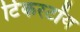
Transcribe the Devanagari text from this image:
टिंकरटॉय